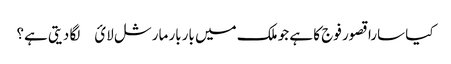
کیا سارا قصور فوج کا ہے جو ملک میں باربار مارشل لائ￿ لگا دیتی ہے؟